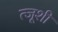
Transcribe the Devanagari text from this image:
त्जूशी